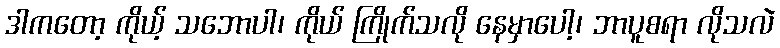
ဒါကတော့ ကိုယ့် သဘောပါ၊ ကိုယ် ကြိုက်သလို နေမှာပေါ့၊ ဘာပူစရာ လိုသလဲ